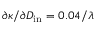
\partial \kappa / \partial D _ { \mathrm { i n } } = 0 . 0 4 / \lambda